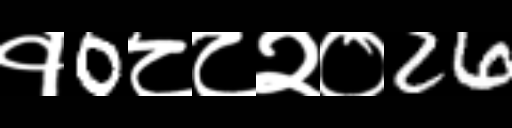
Text: १0८८२०26